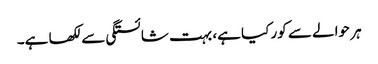
ہر حوالے سے کور کیا ہے، بہت شائستگی سے لکھا ہے۔